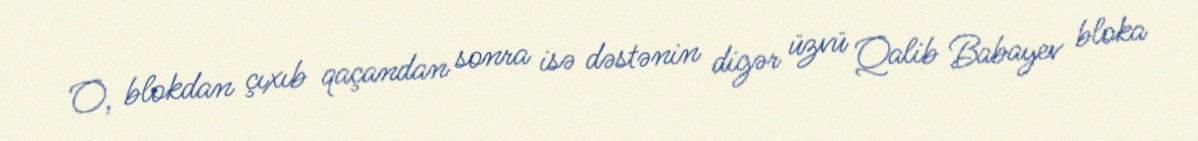
O, blokdan çıxıb qaçandan sonra isə dəstənin digər üzvü Qalib Babayev bloka